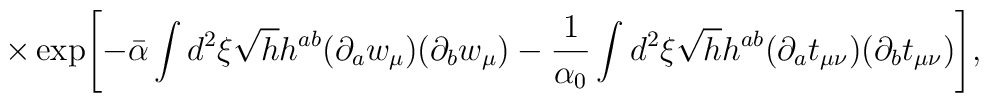
\times \exp\Biggl[-\bar\alpha\int d^2\xi \sqrt{h} h^{ab} (\partial_a w_\mu)(\partial_b w_\mu)-\frac{1}{\alpha_0}\int d^2\xi \sqrt{h}h^{ab}(\partial_a t_{\mu\nu})(\partial_b t_{\mu\nu})\Biggr],